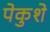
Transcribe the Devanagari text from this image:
पेकुशे